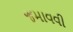
જમાવવી